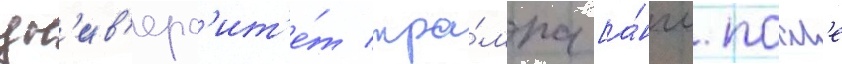
ун'ив'ерс'ит'е́т тра́мпа [а́нгл. посл'е